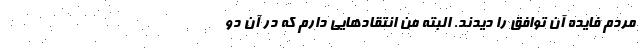
مردم فايده آن توافق را ديدند. البته من انتقادهايي دارم كه در آن دو